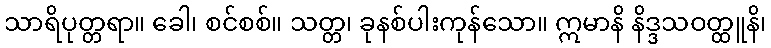
သာရိပုတ္တရာ။ ခေါ၊ စင်စစ်။ သတ္တ၊ ခုနစ်ပါးကုန်သော။ ဣမာနိ နိဒ္ဒသဝတ္ထူနိ၊